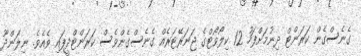
ގެނެސްގެން ކަރަންޓް ދިނުމަށްފަހު 12 ކިލޯވޯޓްގެ ޖަނަރޭޓަރެއް ގެނެސްގެންވެސް ކަރަންޓްދީފައި ވެއެވެ. ނިލަންދޫ